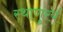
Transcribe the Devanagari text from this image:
स्थाणुरयं